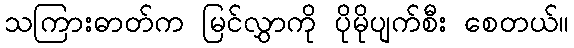
သကြားဓာတ်က မြင်လွှာကို ပိုမိုပျက်စီး စေတယ်။